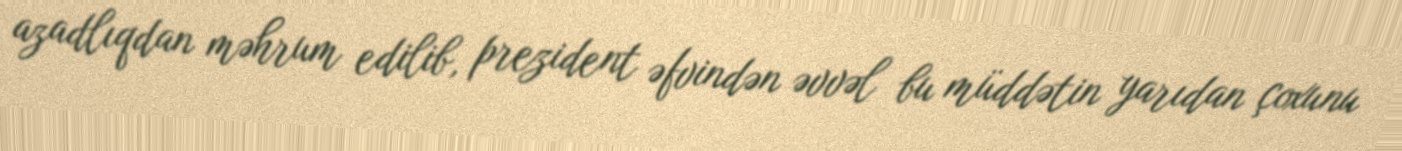
azadlıqdan məhrum edilib, prezident əfvindən əvvəl bu müddətin yarıdan çoxunu